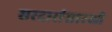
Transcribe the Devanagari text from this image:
सरदारांसारखी